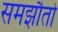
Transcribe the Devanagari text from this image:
समझौतो